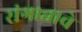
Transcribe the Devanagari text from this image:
संगाताचे